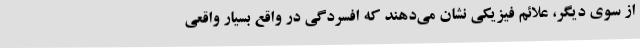
از سوی دیگر، علائم فیزیکی نشان می‌دهند که افسردگی در واقع بسیار واقعی